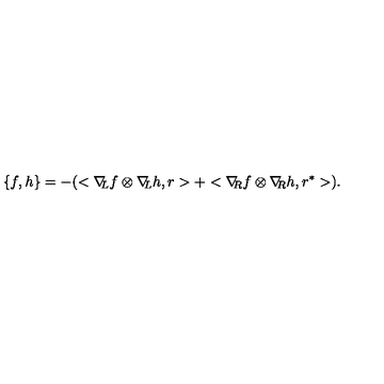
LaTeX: \{ f , h \} = - ( < \nabla \! \! _ { L } f \otimes \nabla \! \! _ { L } h , r > + < \nabla \! \! _ { R } f \otimes \nabla \! \! _ { R } h , r ^ { * } > ) .